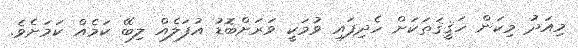
މިއަދު މިކަން ހަޤީޤަތަކަށް ހެދިފައި ވުމަކީ ވަރަށްބޮޑު އުފަލެއް ލިބޭ ކަމެއް ކަމަށެވެ.